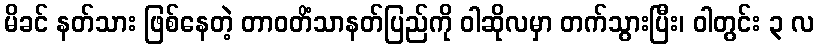
မိခင် နတ်သား ဖြစ်နေတဲ့ တာဝတိံသာနတ်ပြည်ကို ဝါဆိုလမှာ တက်သွားပြီး၊ ဝါတွင်း ၃ လ